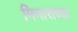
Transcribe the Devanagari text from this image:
मिनाराच्या